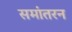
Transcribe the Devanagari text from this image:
समांतरन